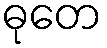
ဓုတေ